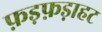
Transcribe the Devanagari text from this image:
फ़ड़फ़ड़ाहट